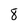
Character: 8